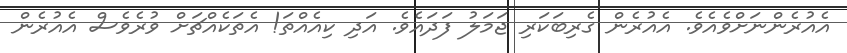
އެއުރެންނަށްވެއެވެ. އެއުރެން ގެރިބަކަރި ޖަމަލު ފަދައެވެ. އަދި ކިއެއްތަ! އެތަކެއްޗަށް ވުރެވެސް އެއުރެން